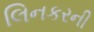
લિનકરની